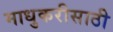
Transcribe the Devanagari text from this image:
माधुकरीसाठी